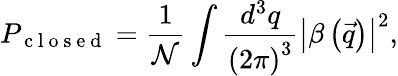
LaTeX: P_{\mathrm{~c~l~o~s~e~d~}}=\frac{1}{\mathcal{N}}\int\frac{d^{3}q}{\left(2\pi\right)^{3}}\left|\beta\left(\vec{q}\right)\right|^{2},